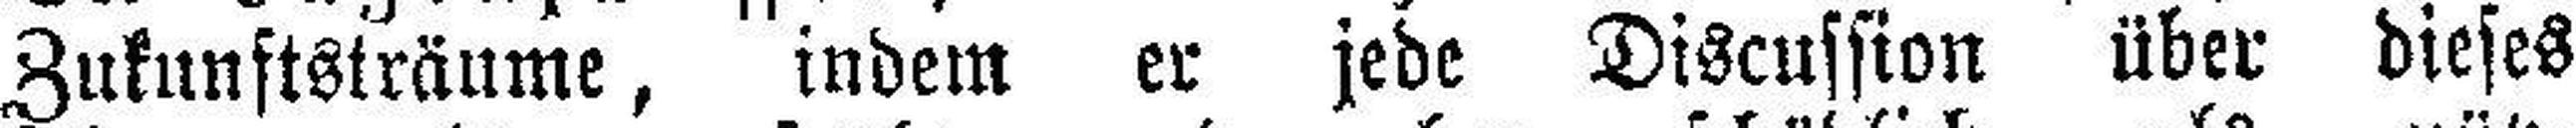
Zukunststräume, indem er jede Discussion über dieses